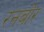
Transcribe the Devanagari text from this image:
रनबोर